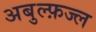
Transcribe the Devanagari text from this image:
अबुल्फ़ज्ल